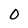
Character: 0